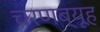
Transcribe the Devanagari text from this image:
चरणब्यूह